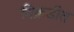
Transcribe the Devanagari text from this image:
विक्रडीत